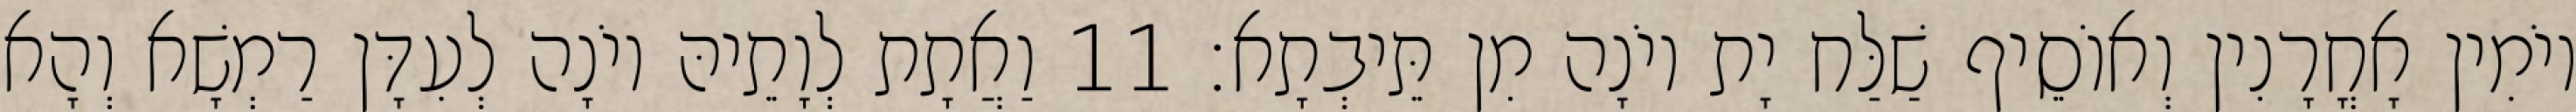
יוֹמִין אָחֳרָנִין וְאוֹסֵיף שַׁלַּח יָת יוֹנָה מִן תֵּיבְתָא׃ 11 וַאֲתָת לְוָתֵיהּ יוֹנָה לְעִדָּן רַמְשָׁא וְהָא